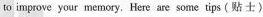
to improve your memory. Here are some tips(贴 士）